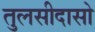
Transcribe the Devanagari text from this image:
तुलसीदासो